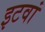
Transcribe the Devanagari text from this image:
इटवां